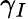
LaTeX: \gamma_{I}